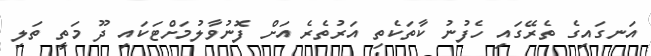
އަނގައިގެ ތެރޭގައި ހެފުނު ކާތަކެތި އަރުތެރެ އަށް ފޮނުވާލުމަށްޓަކައި ދޫ މަތީ ތަލި